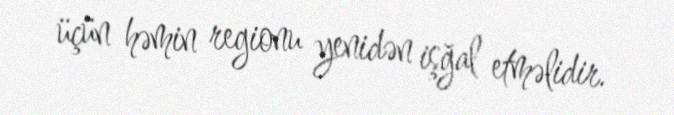
üçün həmin regionu yenidən işğal etməlidir.